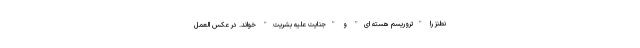
نطنز را "تروریسم هسته ای" و "جنایت علیه بشریت" خواند. در عکس العمل